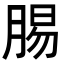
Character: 𮌝